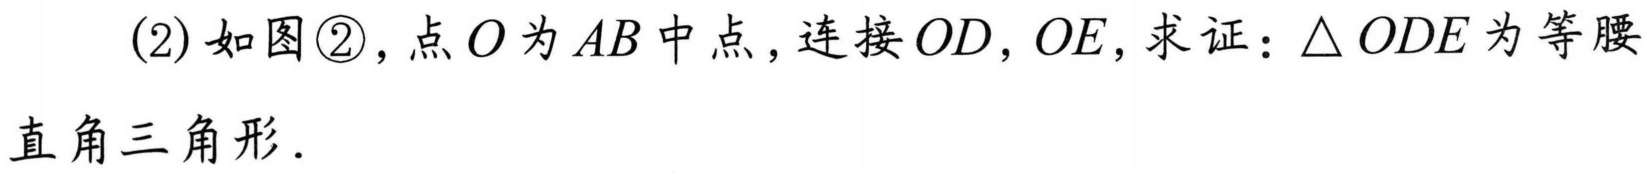
(2) 如图\textcircled{2}，点\(O\)为\(AB\)中点，连接\(OD\)，\(OE\)，求证：\(\triangle ODE\)为等腰直角三角形．